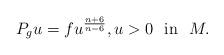
LaTeX: \begin{align*}P_g u=fu^{\frac{n+6}{n-6}}, u>0\hbox{~~in~~} M.\end{align*}